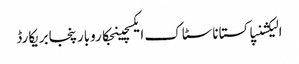
الیکشنپاکستاناسٹاک ایکسچینجکاروبارپنجابریکارڈ